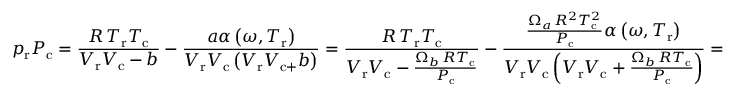
p _ { \mathrm { r } } P _ { \mathrm { c } } = { \frac { R \, T _ { \mathrm { r } } T _ { \mathrm { c } } } { V _ { \mathrm { r } } V _ { \mathrm { c } } - b } } - { \frac { a \alpha \left( \omega , T _ { \mathrm { r } } \right) } { V _ { \mathrm { r } } V _ { \mathrm { c } } \left( V _ { \mathrm { r } } V _ { \mathrm { c + } } b \right) } } = { \frac { R \, T _ { \mathrm { r } } T _ { \mathrm { c } } } { V _ { \mathrm { r } } V _ { \mathrm { c } } - { \frac { \Omega _ { b } \, R T _ { \mathrm { c } } } { P _ { \mathrm { c } } } } } } - { \frac { { \frac { \Omega _ { a } \, R ^ { 2 } T _ { \mathrm { c } } ^ { 2 } } { P _ { \mathrm { c } } } } \alpha \left( \omega , T _ { \mathrm { r } } \right) } { V _ { \mathrm { r } } V _ { \mathrm { c } } \left( V _ { \mathrm { r } } V _ { \mathrm { c } } + { \frac { \Omega _ { b } \, R T _ { \mathrm { c } } } { P _ { \mathrm { c } } } } \right) } } =